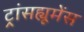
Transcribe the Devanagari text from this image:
ट्रांसह्यूमेंस